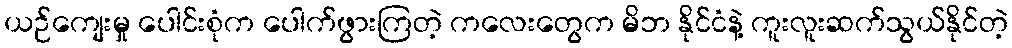
ယဉ်ကျေးမှု ပေါင်းစုံက ပေါက်ဖွားကြတဲ့ ကလေးတွေက မိဘ နိုင်ငံနဲ့ ကူးလူးဆက်သွယ်နိုင်တဲ့